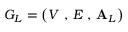
G _ { L } = \left( V \mathrm { ~ , ~ } E \mathrm { ~ , ~ } \mathbf { A } _ { L } \right)